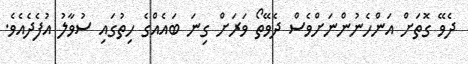
ދެވޭ ގޮތަށް އަންހެނުންނަށްވެސް ދެވޭތޯ ވަރަށް ގިނަ ބައެއްގެ ހިތުގައި ސުވާލު އުފެދެއެވެ.